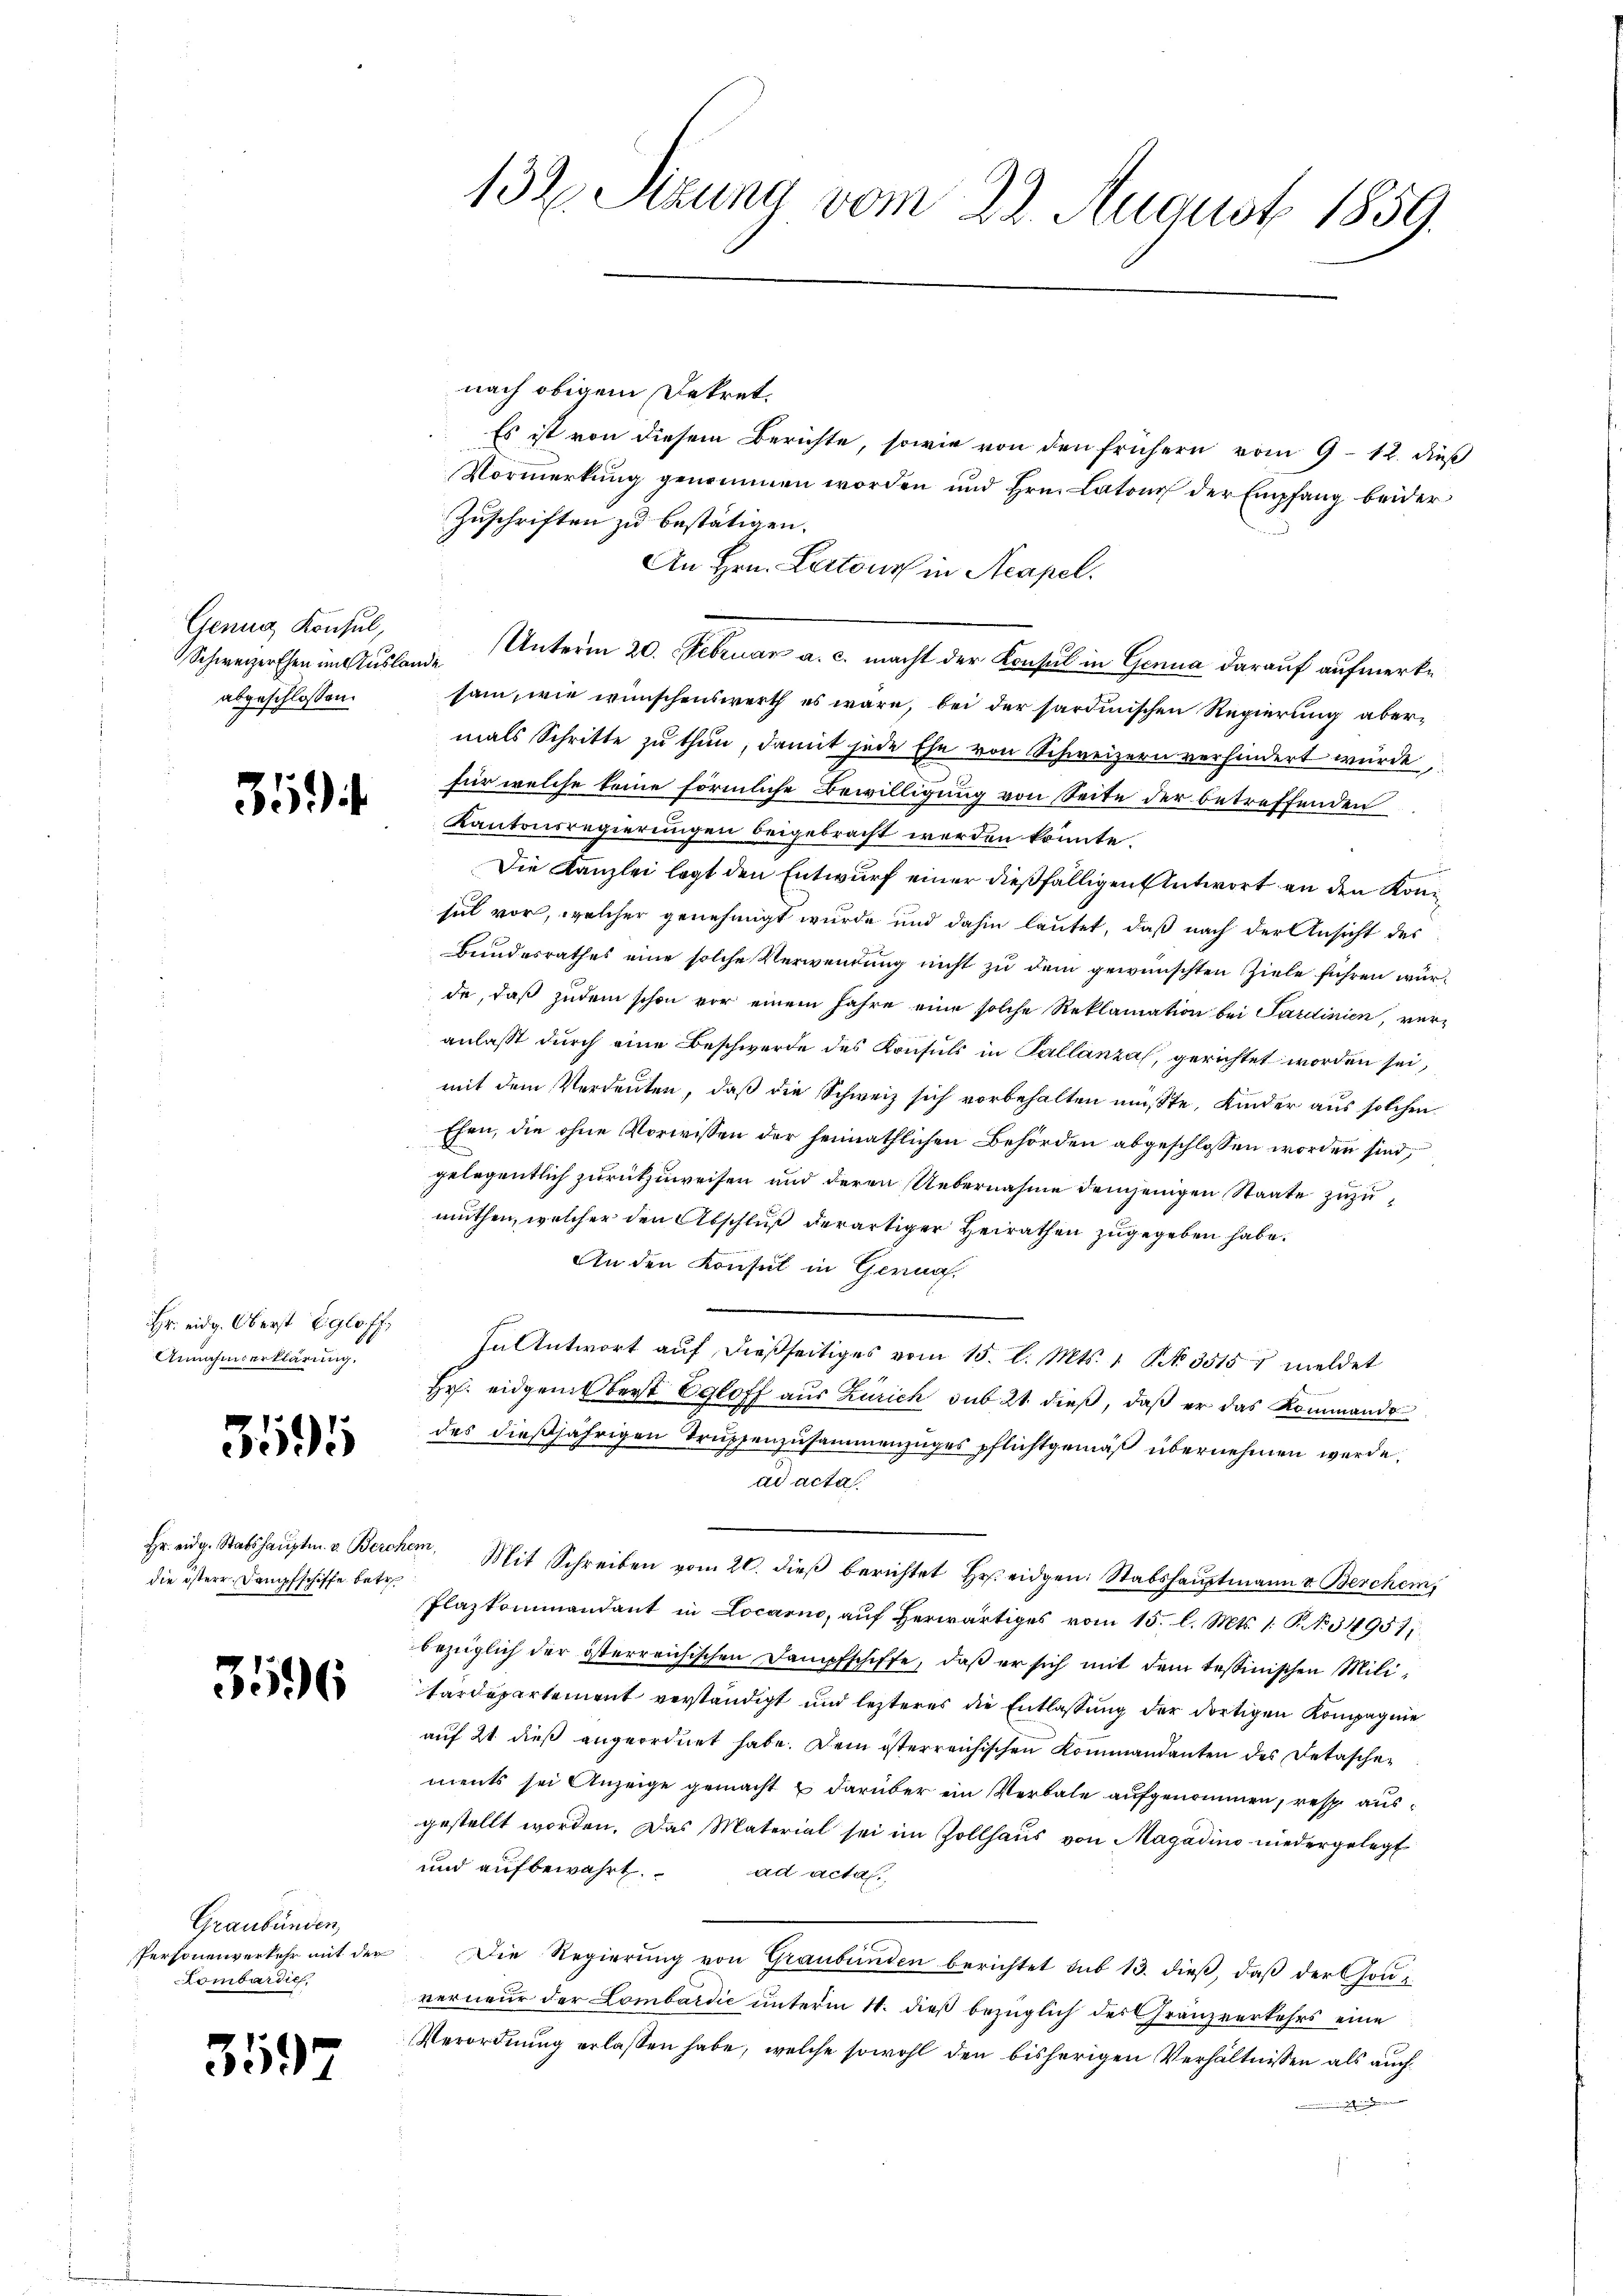
Genug Konsul,
abgeschlossen.

354.

Hr. eidg. Oberst Egloff,
Annahmserklärung.

3595

Hr. eidg. Stabshauptm. v. Berch
die öster Dampfschiffe betr.

3596

Graubünden
Personenverkehr mit der
Lombardie

3597

132. Sizung vom 22. August 1859.

nach obigem Dekret.
Es ist von diesem Berichte, sowie von den frühern vom 9. 12. dieß
Vormerkŭng genommen worden und Hrn. Latone der Empfang beider
Zuschriften zu bestätigen.
An Hrn. Lertour in Acapel.
Schweizerschen im Auslande Unterm 20. Februar a. c. macht der Konsul in Genua darauf aufmerke
sam, wie wünschenswerth es wäre, bei der sardinischen Regierung abermals Schritte zŭ thŭn, damit jede Ehe von Schweizern verhindert wurde,
für welche keine förmliche Bewilligung von Seite der betreffenden
Kantonsregierungen beigebracht werden könnte.
Die Kanzlei legt den Entwurf einer dießfälligen Antwort an den Konsel vor, welcher genehmigt wurde und dahin lautet, daß nach der Ansicht des
Bundesrathes eine solche Verwendung nicht zu dem gewünschten Ziele führen würde, daß zudem schon vor einem Jahre eine solche Reklamation bei Sardinien, veranlaßt durch eine Beschwerde des Konsuls in Pallanza, gerichtet worden sei,
mit dem Verdeuten, daß die Schweiz sich vorbehalten müßte, Kinder aus solchen
Ehen, die ohne Vorwissen der heimathlichen Behörden abgeschlossen worden sind,
gelegentlich zurückzuweisen und deren Uebernahme demjenigen Staate zuzumuthen, welcher den Abschluß derartiger Heirathen zugegeben habe.
An den Konsul in Gernah
In Antwort aŭf dießseitiges vom 15. l. Mts. 1. Nr. 3515 f meldet
Hr. eidgensberst Egloff aus Zürich sub 21. dieß, daß er das Kommando
des dießjährigen Trüssenzusammenzuges pflichtgemäß übernehmen werde.
ad acta
an. Mit Schreiben vom 20. dieβ berichtet Hr. eidgen. Stabshauptmann v. Berchen,
Plazkommandant in Locarno, aŭf herwärtiges vom 15. l. Mts. 1. P. No 349571.
bezüglich der österreichischen Dampfschiffe, daβ er sich mit dem tessinischen Mili-
tardepartement verständigt und lezteres die Entlassung der dortigen Kompagnie
auf 21 dieß angeordnet habe. Dem österreichischen Kommandanten des Detaschements sei Anzeige gemacht & darüber ein Verbale aufgenommen, resp. ausgestellt worden. Das Material sei im Zollhaus von Magadino niedergelegt
und aufbewahrt.
ad acta.
Die Regierŭng von Graubünden berichtet sub 13. dieβ, daβ der Gou
verneur der Lombardić unterm 14. dieß bezüglich der Franzverkehrs eine
Verordnung erlassen habe, welche sowohl den bisherigen Verhältnissen als auch
g